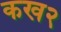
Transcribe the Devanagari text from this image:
कख२